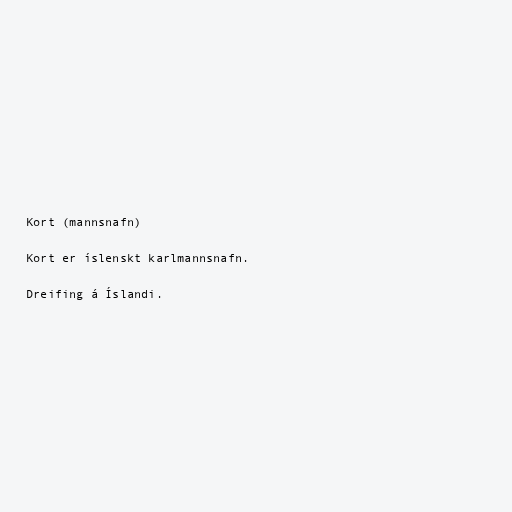
Kort (mannsnafn)

Kort er íslenskt karlmannsnafn.

Dreifing á Íslandi.